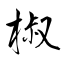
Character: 椒